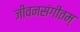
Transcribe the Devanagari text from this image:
जीवनसंगीतम्